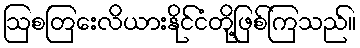
ဩစတြေးလိယားနိုင်ငံတို့ဖြစ်ကြသည်။